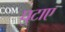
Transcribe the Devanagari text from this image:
घुटाए